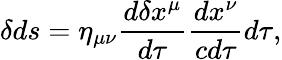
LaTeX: \delta ds=\eta_{\mu\nu}{\frac{d\delta x^{\mu}}{d\tau}}{\frac{dx^{\nu}}{cd\tau}}d\tau,